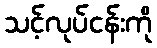
သင့်လုပ်ငန်းကို